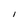
Character: I